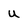
Character: U